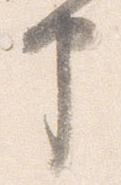
申